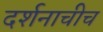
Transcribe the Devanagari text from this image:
दर्शनाचीच